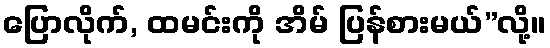
ပြောလိုက်, ထမင်းကို အိမ် ပြန်စားမယ်”လို့။